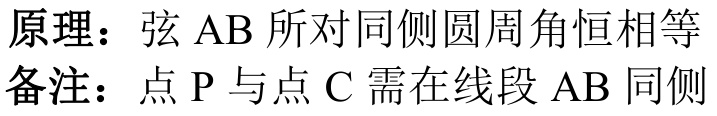
原理：弦 $\mathrm{AB}$ 所对同侧圆周角恒相等
备注：点 $\mathrm{P}$ 与点 $\mathrm{C}$ 需在线段 $\mathrm{AB}$ 同侧